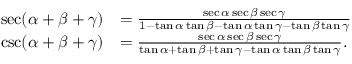
{ \begin{array} { r l } { \sec ( \alpha + \beta + \gamma ) } & { = { \frac { \sec \alpha \sec \beta \sec \gamma } { 1 - \tan \alpha \tan \beta - \tan \alpha \tan \gamma - \tan \beta \tan \gamma } } } \\ { \csc ( \alpha + \beta + \gamma ) } & { = { \frac { \sec \alpha \sec \beta \sec \gamma } { \tan \alpha + \tan \beta + \tan \gamma - \tan \alpha \tan \beta \tan \gamma } } . } \end{array} }